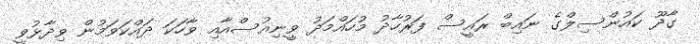
ގާދޫ ކައުންސިލްގެ ނައިބް ރައީސް ފަރުހާދު މުހައްމަދު ވީނިއުސްއާއި ވާހަކަ ދައްކަވަމުން ވިދާޅުވީ